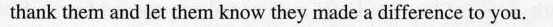
thank them and let them know they made a difference to you.